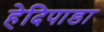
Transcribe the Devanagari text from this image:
हेदिपाडा